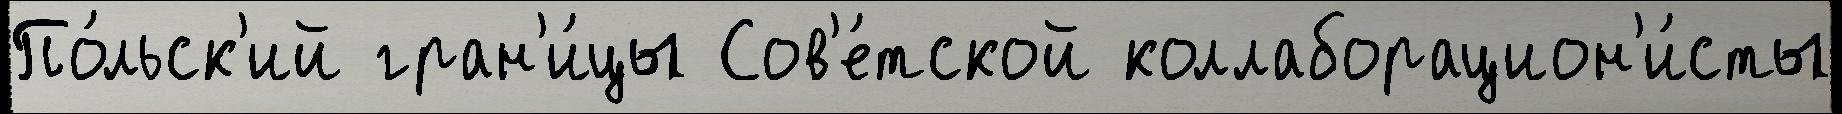
По́льск'ий гран'и́цы Сов'е́тской коллаборацион'и́сты